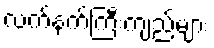
လက်နက်ကြီးကျည်များ